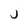
Character: j